Lunatic asylums in Bengal annual reports 1888-1898 - 1888-1898
Year: 1888
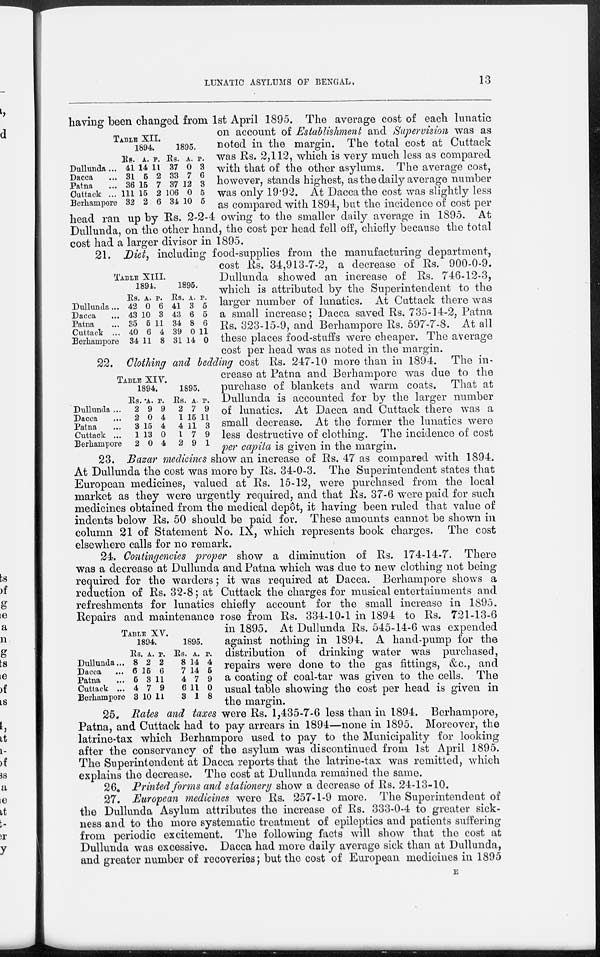
LUNATIC ASYLUMS OF BENGAL,
13
TABLE XII.
Dullunda ...
Dacca ...
Patna ...
Cuttack ...
Berhampore
1894.
Rs.
41
31
36
111
32
A.
14
5
15
15
2
P.
11
2
7
2
6
1895.
Rs.
37
33
37
106
34
A.
0
7
12
0
10
P.
3
6
3
5
5
having been changed from 1st April 1895. The average cost of each lunatic
on account of Establishment and Supervision was as
noted in the margin. The total cost at Cuttack
was Rs. 2,112, which is very much less as compared
with that of the other asylums. The average cost,
however, stands highest, as the daily average number
was only 19.92. At Dacca the cost was slightly less
as compared with 1894, but the incidence of cost per
head ran up by Rs. 2-2-4 owing to the smaller daily average in 1895. At
Dullunda, on the other hand, the cost per head fell off, chiefly because the total
cost had a larger divisor in 1895.
TABLE XIII.
Dullunda...
Dacca ...
Patna ...
Cuttack ...
Berhampore
1894.
Rs.
42
43
35
40
34
A.
0
10
5
6
11
P.
6
3
11
4
8
1895.
Rs.
41
43
34
39
31
A.
3
6
8
0
14
P.
5
5
6
11
0
21. Diet, including food-supplies from the manufacturing department,
cost Rs. 34,913-7-2, a decrease of Rs. 900-0-9.
Dullunda showed an increase of Rs. 746-12-3,
which is attributed by the Superintendent to the
larger number of lunatics. At Cuttack there was
a small increase; Dacca saved Rs. 735-14-2, Patna
Rs. 323-15-9, and Berhampore Rs. 597-7-8. At all
these places food-stuffs were cheaper. The average
cost per head was as noted in the margin.
TABLE XIV.
Dullunda ...
Dacca ...
Patna ...
Cuttack ...
Berhampore
1894.
Rs.
2
2
3
1
2
A.
9
0
15
13
0
P.
9
4
4
0
4
1895.
Rs.
2
1
4
1
2
A.
7
15
11
7
9
P.
9
11
3
9
1
22. Clothing and bedding cost Rs. 247-10 more than in 1894. The in-
crease at Patna and Berhampore was due to the
purchase of blankets and warm coats. That at
Dullunda is accounted for by the larger number
of lunatics. At Dacca and Cuttack there was a
small decrease. At the former the lunatics were
less destructive of clothing. The incidence of cost
per capita is given in the margin.
23. Bazar medicines show an increase of Rs. 47 as compared with 1894.
At Dullunda the cost was more by Rs. 34-0-3. The Superintendent states that
European medicines, valued at Rs. 15-12, were purchased from the local
market as they were urgently required, and that Rs. 37-6 were paid for such
medicines obtained from the medical depôt, it having been ruled that value of
indents below Rs. 50 should be paid for. These amounts cannot be shown in
column 21 of Statement No. IX, which represents book charges. The cost
elsewhere calls for no remark.
TABLE XV.
Dullunda...
Dacca ...
Patna ...
Cuttack ...
Berhampore
1894.
Rs.
8
6
5
4
3
A.
2
15
3
7
10
P.
2
6
11
9
11
1895.
Rs.
8
7
4
6
3
A.
14
14
7
11
1
P.
4
5
9
0
8
24. Contingencies proper show a diminution of Rs. 174-14-7. There
was a decrease at Dullunda and Patna which was due to new clothing not being
required for the warders; it was required at Dacca. Berhampore shows a
reduction of Rs. 32-8; at Cuttack the charges for musical entertainments and
refreshments for lunatics chiefly account for the small increase in 1895.
Repairs and maintenance rose from Rs. 334-10-1 in 1894 to Rs. 721-13-6
in 1895. At Dullunda Rs. 545-14-6 was expended
against nothing in 1894. A hand-pump for the
distribution of drinking water was purchased,
repairs were done to the gas fittings, &c., and
a coating of coal-tar was given to the cells. The
usual table showing the cost per head is given in
the margin.
25. Rates and taxes were Rs. 1,435-7-6 less than in 1894. Berhampore,
Patna, and Cuttack had to pay arrears in 1894—none in 1895. Moreover, the
latrine-tax which Berhampore used to pay to the Municipality for looking
after the conservancy of the asylum was discontinued from 1st April 1895.
The Superintendent at Dacca reports that the latrine-tax was remitted, which
explains the decrease. The cost at Dullunda remained the same.
26. Printed forms and stationery show a decrease of Rs. 24-13-10.
27. European medicines were Rs. 257-1-9 more. The Superintendent of
the Dullunda Asylum attributes the increase of Rs. 333-0-4 to greater sick-
ness and to the more systematic treatment of epileptics and patients suffering
from periodic excitement. The following facts will show that the cost at
Dullunda was excessive. Dacca had more daily average sick than at Dullunda,
and greater number of recoveries; but the cost of European medicines in 1895
E